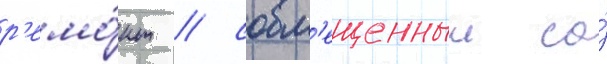
р'емо́нт / совм'ещенныи со́